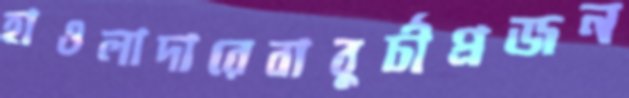
হাওলাদারেবাবুর্চীপ্রজন